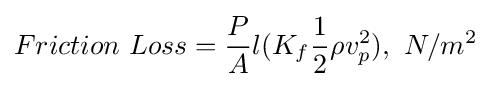
Friction\ Loss={\frac {P}{A}}l(K_{f}{\frac {1}{2}}\rho v_{p}^{2}),\ N/m^{2}